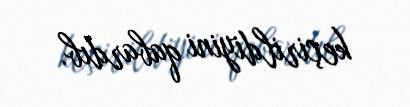
keçirildiyini qabardıb.